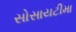
સોસાયટીમા